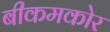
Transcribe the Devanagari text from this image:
बीकमकोर